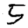
Digit: 5